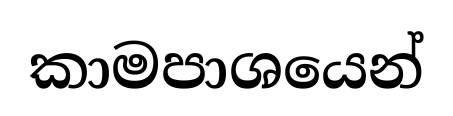
කාමපාශයෙන්